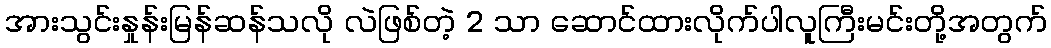
အားသွင်းနှုန်းမြန်ဆန်သလို လဲဖြစ်တဲ့ 2 သာ ဆောင်ထားလိုက်ပါလူကြီးမင်းတို့အတွက်